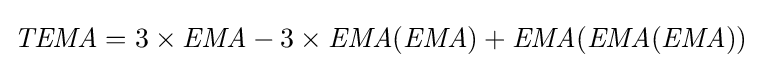
{\textit {TEMA}}=3\times {\textit {EMA}}-3\times {\textit {EMA}}({\textit {EMA}})+{\textit {EMA}}({\textit {EMA}}({\textit {EMA}}))